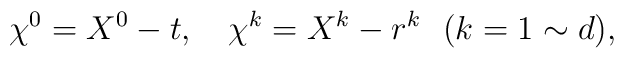
\chi^0 = X^0 - t, ~~~ \chi^k = X^k - r^k~~(k=1 \sim d),